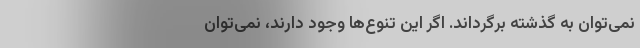
نمی‌توان به گذشته برگرداند. اگر این تنوع‌ها وجود دارند، نمی‌توان